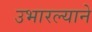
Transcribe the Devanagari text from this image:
उभारल्याने